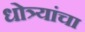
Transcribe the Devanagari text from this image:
धोत्र्यांचा